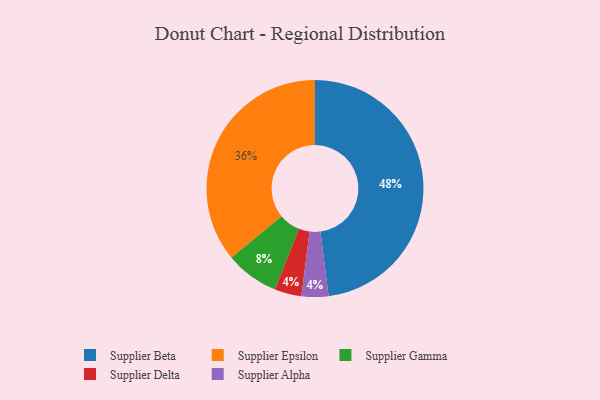
{"axis": {"x": "Category", "y": "Percentage"}, "legend": ["Supplier Alpha", "Supplier Beta", "Supplier Delta", "Supplier Epsilon", "Supplier Gamma"], "data": [{"x": "Supplier Delta", "y": 4, "type": "Supplier Delta"}, {"x": "Supplier Gamma", "y": 8, "type": "Supplier Gamma"}, {"x": "Supplier Epsilon", "y": 36, "type": "Supplier Epsilon"}, {"x": "Supplier Alpha", "y": 4, "type": "Supplier Alpha"}, {"x": "Supplier Beta", "y": 48, "type": "Supplier Beta"}]}